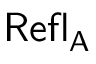
\mathsf { R e f l _ { A } }